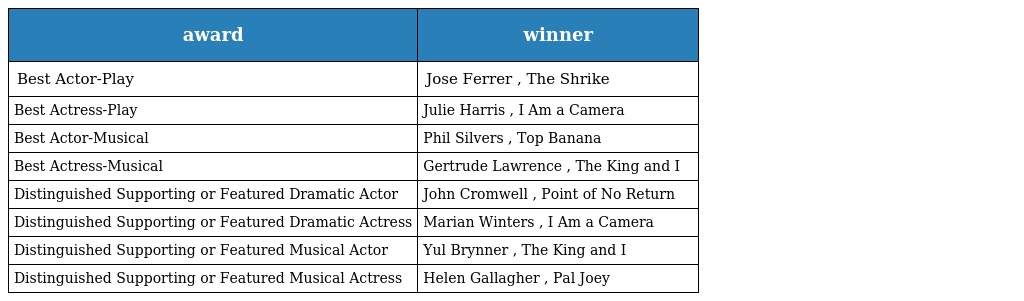
| award | winner |
 | --- | --- |
 | Best Actor-Play | Jose Ferrer , The Shrike |
 | Best Actress-Play | Julie Harris , I Am a Camera |
 | Best Actor-Musical | Phil Silvers , Top Banana |
 | Best Actress-Musical | Gertrude Lawrence , The King and I |
 | Distinguished Supporting or Featured Dramatic Actor | John Cromwell , Point of No Return |
 | Distinguished Supporting or Featured Dramatic Actress | Marian Winters , I Am a Camera |
 | Distinguished Supporting or Featured Musical Actor | Yul Brynner , The King and I |
 | Distinguished Supporting or Featured Musical Actress | Helen Gallagher , Pal Joey |